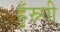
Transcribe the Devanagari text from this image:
हुँस्न्गी